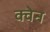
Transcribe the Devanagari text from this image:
क्वेन